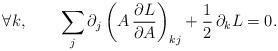
LaTeX: \begin{align*}\forall k,\qquad\sum_j\partial_j\left(A\,\frac{\partial L}{\partial A}\right)_{kj}+\frac12\,\partial_kL=0.\end{align*}